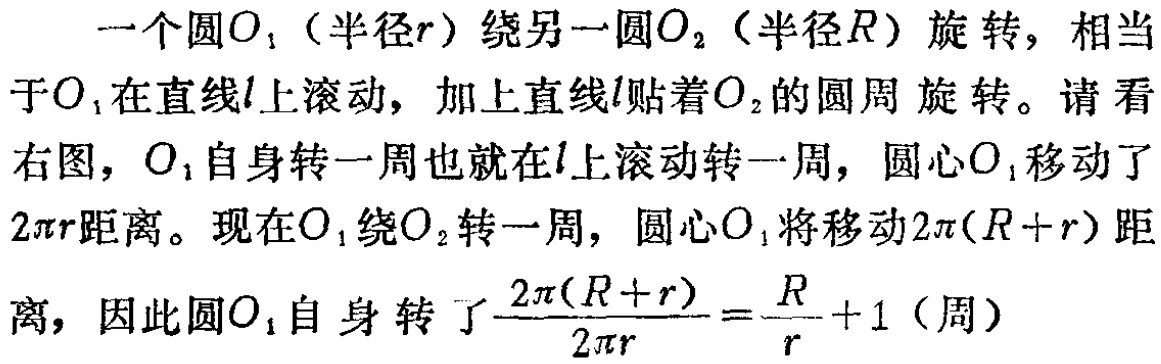
一个圆\(O_1\)（半径\(r\)）绕另一圆\(O_2\)（半径\(R\)）旋转，相当于\(O_1\)在直线\(l\)上滚动，加上直线\(l\)贴着\(O_2\)的圆周旋转。请看右图，\(O_1\)自身转一周也就在\(l\)上滚动转一周，圆心\(O_1\)移动了\(2\pi r\)距离。现在\(O_1\)绕\(O_2\)转一周，圆心\(O_1\)将移动\(2\pi(R + r)\)距离，因此圆\(O_1\)自身转了\(\frac{2\pi(R + r)}{2\pi r}=\frac{R}{r}+1\)（周）